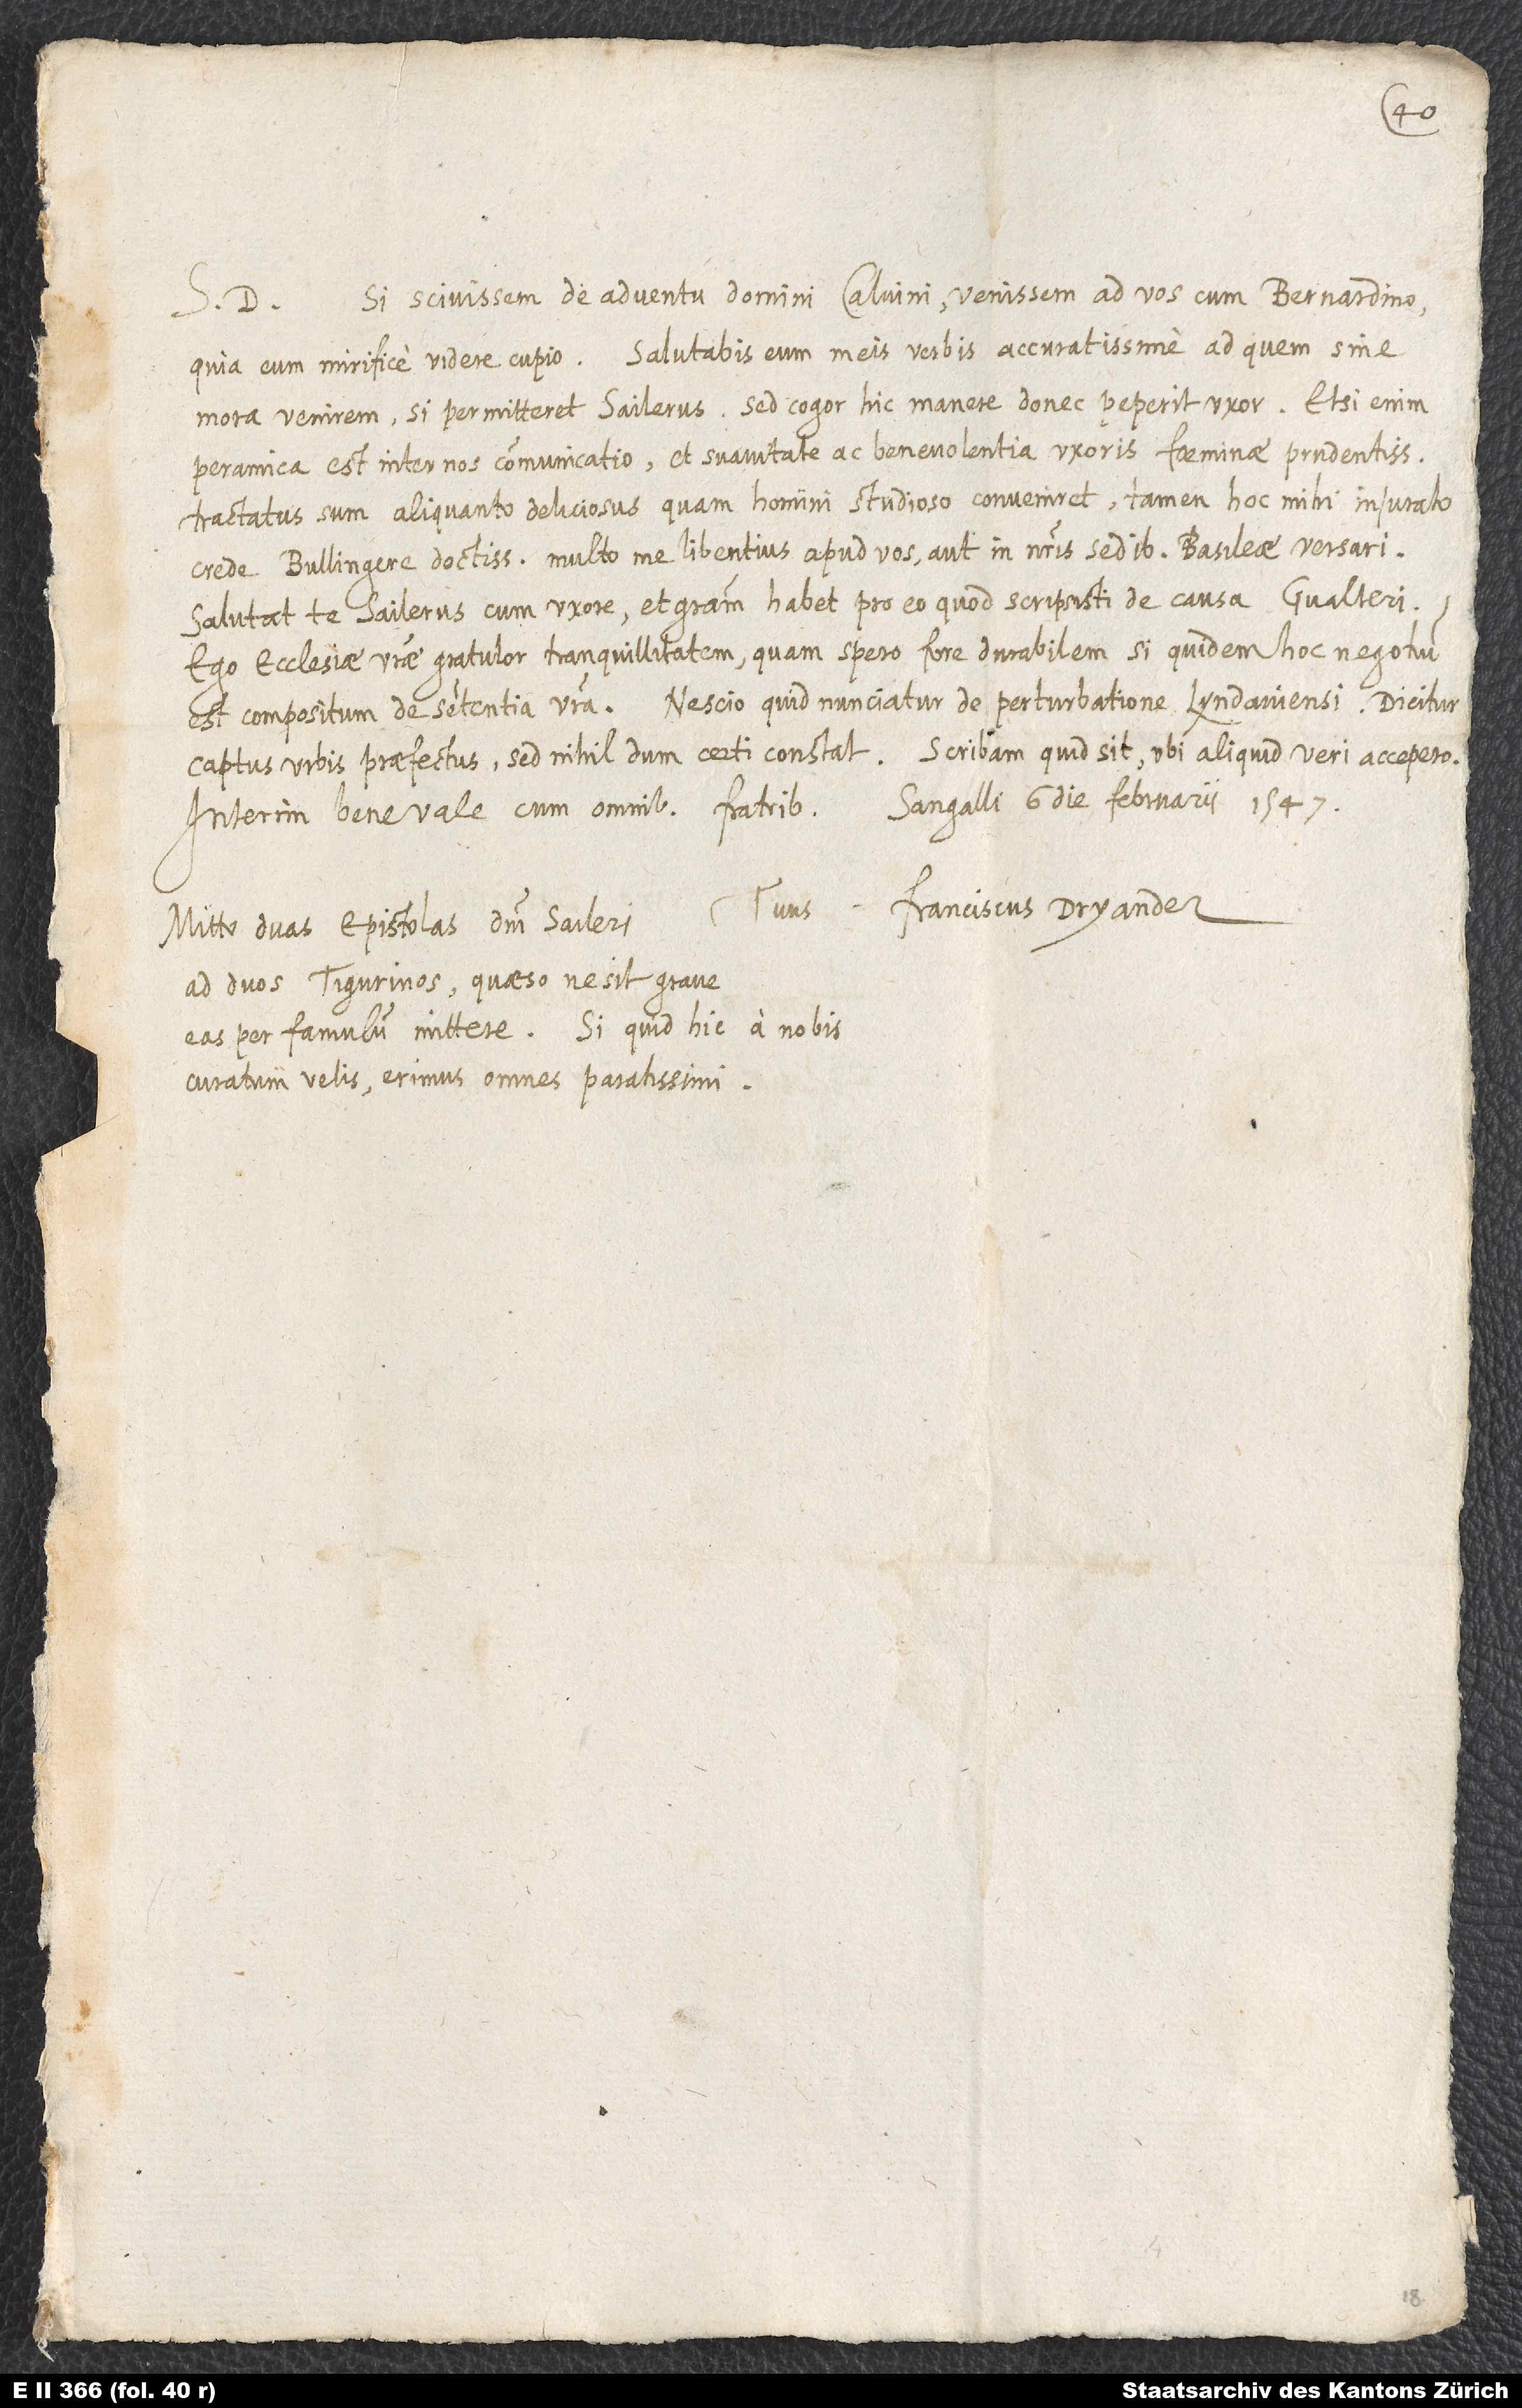
S. D. Si scivissem de adventu domini Calvini, venissem ad vos cum Bernardino,
quia eum mirifice videre cupio. Salutabis eum meis verbis accuratissime, ad quem sine
mora venirem, si permitteret Sailerus. Sed cogor hic manere, donec peperit uxor. Etsi enim
peramica est inter nos communicatio et suavitate ac benevolentia uxoris, foeminae prudentissimae,
tractatus sum aliquanto deliciosius, quam homini studioso conveniret, tamen hoc mihi iniurato
crede, Bullingere doctissime, multo me libentius apud vos aut in nostris sedibus Basileae versari.
Salutat te Sailerus cum uxore et gratiam habet pro eo, quod scripsisti de causa Gvalteri.
Ego ecclesiae vestrae gratulor tranquillitatem, quam spero fore durabilem, siquidem hoc negotium
est compositum de sententia vestra. Nescio quid nunciatur de perturbatione Lydaviensi; dicitur
Scribam, quid sit, ubi aliquid veri accepero.
captus urbis praefectus, sed nihildum certi constat.
Sangalli, 6. die februarii 1547.
Interim bene vale cum omnibus fratribus.
Franciscus Dryander.
Tuus
Mitto duas epistolas domini Saileri
ad duos Tigurinos; quaeso, ne sit grave
eas per famulum mittere. Si quid hic a nobis
curatum velis, erimus omnes paratissimi.